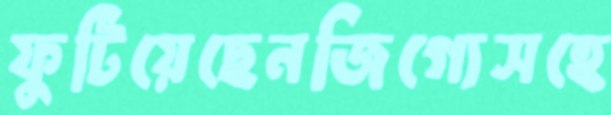
ফুটিয়েছেনজিগ্যেসহে